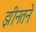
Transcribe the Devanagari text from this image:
झीनतने